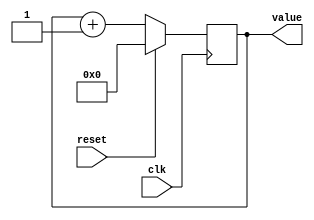
/**
 * A simple free running increasing counter.
 * 
 * A reset line can be used. If set
 * to HIGH the counter is reset to 0.
 */ 
module monotonic_counter
		#(
		parameter BITS = 16
		)
		
		(
		output [BITS-1:0] value,
		
		input reset,
		input clk
		);
	
	reg [BITS-1:0] cnt = 0;
	
	always @ (posedge clk)
		cnt <= reset ? 0 : cnt + 1;

	assign value = cnt;
		
endmodule